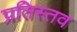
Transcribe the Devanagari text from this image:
प्रतिस्तव